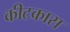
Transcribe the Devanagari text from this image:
कीटकास